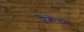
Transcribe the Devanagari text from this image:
प्रेजेन्ट्स